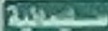
سلیمانیة